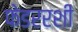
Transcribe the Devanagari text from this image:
फेडररशी